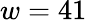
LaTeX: w=41